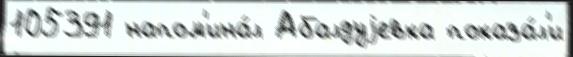
105391 напом'ина́л Абалдуjевка показа́л'и